Indian journal of veterinary science and animal husbandry - Volumes 28-29, 1958-1959
Year: 1958
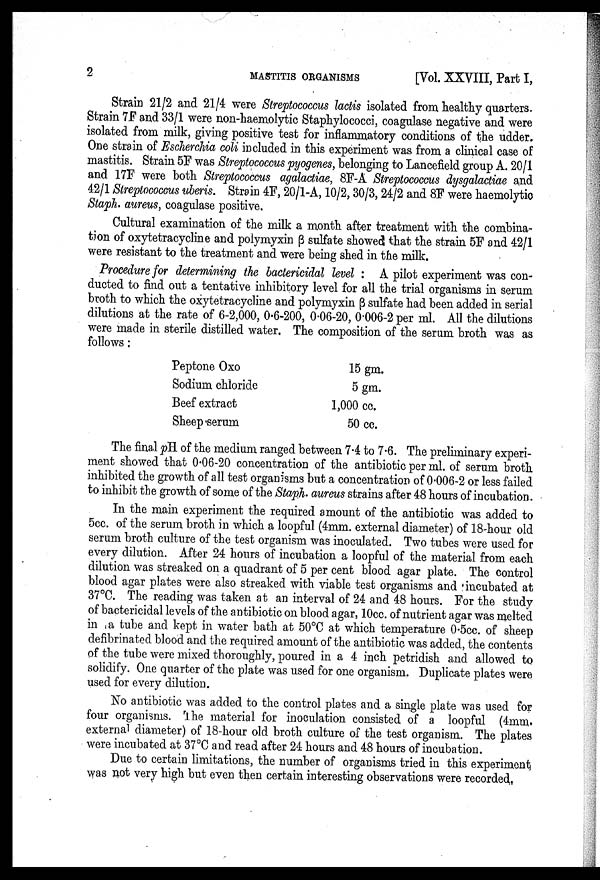
2
MASTITIS
ORGANISMS
[Vol. XXVIII, Part I,
Strain 21/2 and 21/4 were Streptococcus lactis isolated from healthy quarters.
Strain 7F and 33/1 were non-haemolytic Staphylococci, coagulase negative and were
isolated from milk, giving positive test for inflammatory conditions of the udder.
One strain of Escherchia coli included in this experiment was from a clinical case of
mastitis. Strain 5F was Streptococcus pyogenes, belonging to Lancefield group A. 20/1
and 17F were both Streptococcus agalactiae, 8F-A Streptococcus dysgalactiae and
42/1 Streptococcus uberis. Strain 4F, 20/1-A, 10/2, 30/3, 24/2 and 8F were haemolytic
Staph. aureus, coagulase positive.
Cultural examination of the milk a month after treatment with the combina
tion of oxytetracycline and polymyxin β sulfate showed that the strain 5F and 42/1
were resistant to the treatment and were being shed in the milk.
Procedure for determining the bactericidal level: A pilot experiment was con
ducted to find out a tentative inhibitory level for all the trial organisms in serum
broth to which the oxytetracycline and polymyxin β sulfate had been added in serial
dilutions at the rate of 6-2,000, 0.6-200, 0.06-20, 0.006-2 per ml. All the dilutions
were made in sterile distilled water. The composition of the serum broth was as
follows:
Peptone Oxo
Sodium chloride
Beef extract
Sheep serum
15 gm.
5 gm.
1,000 cc.
50 cc.
The final pH of the medium ranged between 7.4 to 7.6. The preliminary experi
ment showed that 0.06-20 concentration of the antibiotic per ml. of serum broth
inhibited the growth of all test organisms but a concentration of 0.006-2 or less failed
to inhibit the growth of some of the Staph. aureus strains after 48 hours of incubation.
In the main experiment the required amount of the antibiotic was added to
5cc. of the serum broth in which a loopful (4mm. external diameter) of 18-hour old
serum broth culture of the test organism was inoculated. Two tubes were used for
every dilution. After 24 hours of incubation a loopful of the material from each
dilution was streaked on a quadrant of 5 per cent blood agar plate. The control
blood agar plates were also streaked with viable test organisms and incubated at
37°C. The reading was taken at an interval of 24 and 48 hours. For the study
of bactericidal levels of the antibiotic on blood agar, 10cc. of nutrient agar was melted
in a tube and kept in water bath at 50°C at which temperature 0.5cc. of sheep
defibrinated blood and the required amount of the antibiotic was added, the contents
of the tube were mixed thoroughly, poured in a 4 inch petridish and allowed to
solidify. One quarter of the plate was used for one organism. Duplicate plates were
used for every dilution.
No antibiotic was added to the control plates and a single plate was used for
four organisms. The material for inoculation consisted of a loopful (4mm.
external diameter) of 18-hour old broth culture of the test organism. The plates
were incubated at 37°C and read after 24 hours and 48 hours of incubation.
Due to certain limitations, the number of organisms tried in this experiment
was not very high but even then certain interesting observations were recorded.